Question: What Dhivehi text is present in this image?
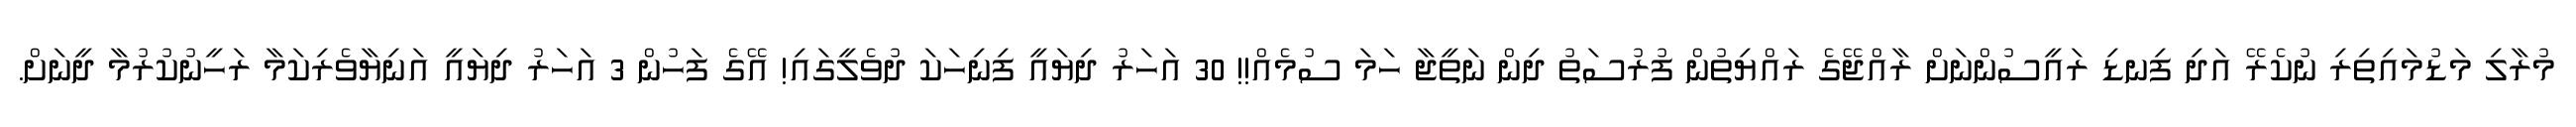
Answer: މުރާލި މަޑުމައިތިރި ނުކެރޭ އަދި ފިނޑި ރައީސުންނަށް ރާއްޖޭގެ ރައްޔިތުން ފުރުސަތު ދިން ނަތީޖާ ހަމަ ސުމެއް!! 30 އަހަރު ދިޔައީ ފިނިހަކަ ދުވެލީގައި! އޭގެ ފަހުން 3 އަހަރު ދިޔައީ އަނިޔާވެރިކަމާ ރަހީނުކުރުމާ ދީނަށް.